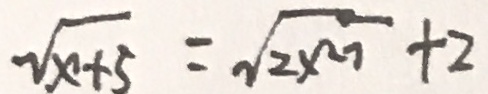
\sqrt { x + 5 } = \sqrt { 2 x ^ { 2 7 } } + 2